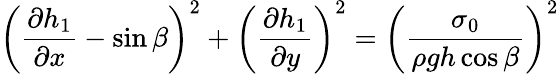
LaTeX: \left(\frac{\partial h_{1}}{\partial x}-\sin\beta\right)^{2}+\left(\frac{\partial h_{1}}{\partial y}\right)^{2}=\left(\frac{\sigma_{0}}{\rho gh\cos\beta}\right)^{2}